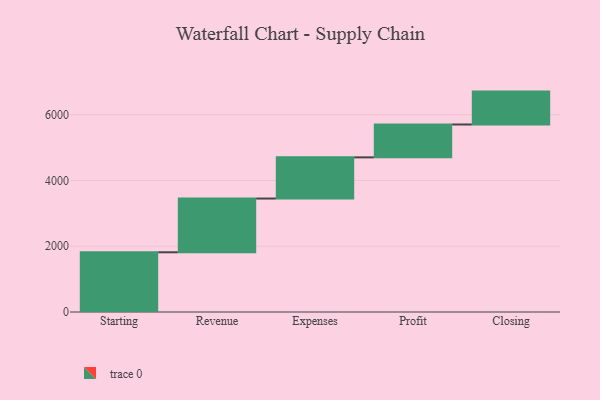
{"axis": {"x": "Step", "y": "Value"}, "legend": [""], "data": [{"x": "Starting", "y": 1816.0, "type": ""}, {"x": "Revenue", "y": 1634.0, "type": ""}, {"x": "Expenses", "y": 1252.0, "type": ""}, {"x": "Profit", "y": 1000, "type": ""}, {"x": "Closing", "y": 1000, "type": ""}]}